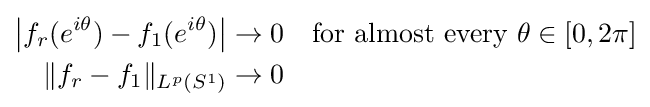
{\begin{aligned}\left|f_{r}(e^{i\theta })-f_{1}(e^{i\theta })\right|&\to 0&&{\text{for almost every }}\theta \in [0,2\pi ]\\\|f_{r}-f_{1}\|_{L^{p}(S^{1})}&\to 0\end{aligned}}